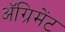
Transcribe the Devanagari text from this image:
अॅग्रिमेंट